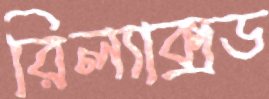
রিল্যাক্সড